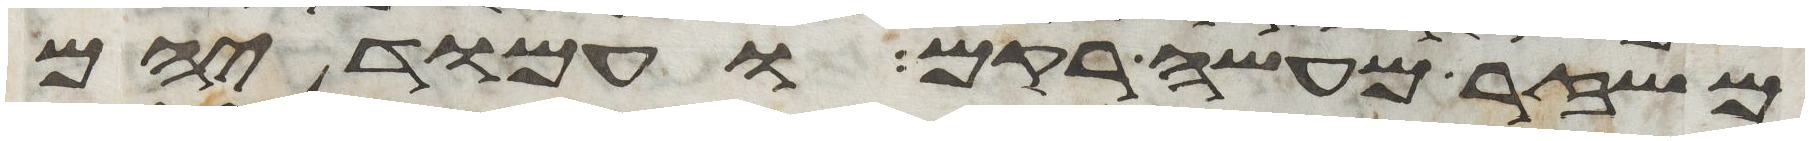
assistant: משזר מעשה רקם ועמודיהם